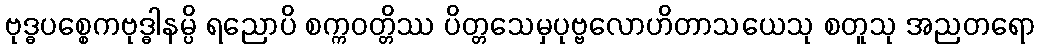
ဗုဒ္ဓပစ္စေကဗုဒ္ဓါနမ္ပိ ရညောပိ စက္ကဝတ္တိဿ ပိတ္တသေမှပုဗ္ဗလောဟိတာသယေသု စတူသု အညတရော